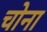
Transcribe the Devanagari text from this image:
चोना